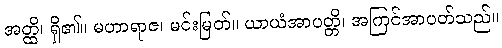
အတ္ထိ၊ ရှိ၏။ မဟာရာဇ၊ မင်းမြတ်။ ယာယံအာပတ္တိ၊ အကြင်အာပတ်သည်။